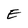
Character: E